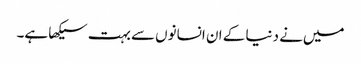
میں‌نے دنیا کے ان انسانوں‌سے بہت سیکھا ہے۔